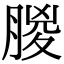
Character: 䶽